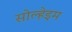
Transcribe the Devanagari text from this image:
सोल्हेइम